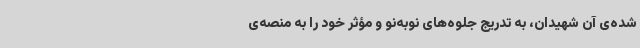
شده‌ی آن شهیدان، به تدریج جلوه‌های نوبه‌نو و مؤثر خود را به منصه‌ی